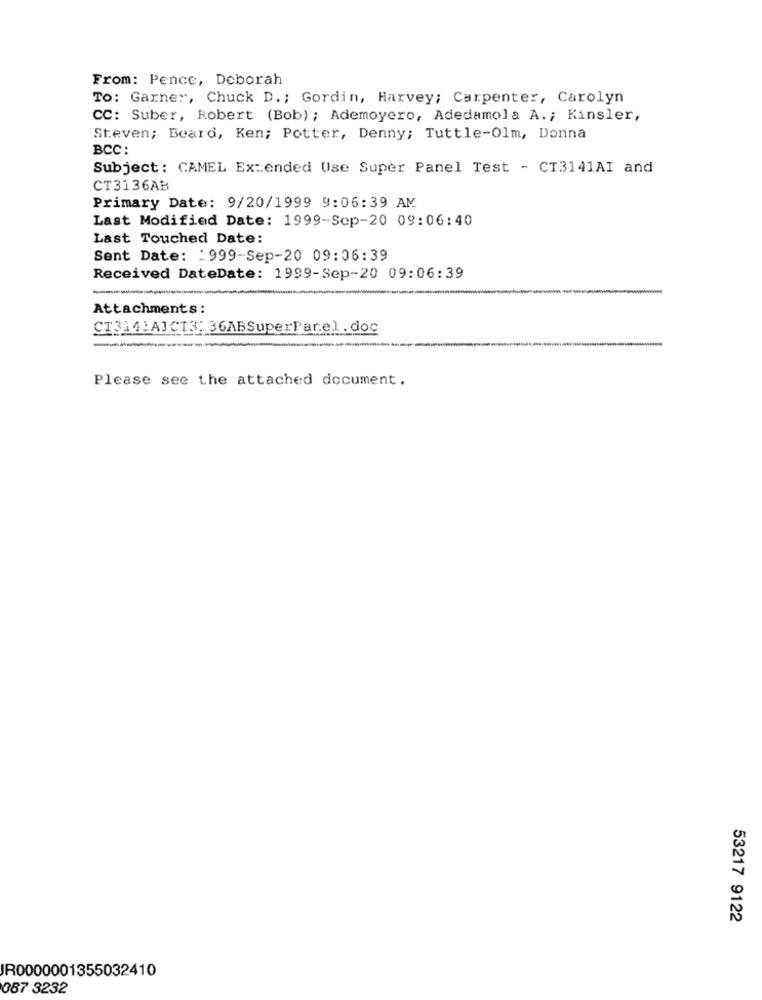
From: Pence, Deborah
To: Garner, Chuck D .; Gordin, Harvey; Carpenter, Carolyn
CC: Suber, Robert (Bob); Ademoyero, Adedamola A .; Kinsler,
Steven; Beard, Ken; Potter, Denny; Tuttle-Olm, Donna
BCC:
Subject: CAMEL Extended Use Super Panel Test - CT3141AI and
CT3136AB
Primary Date: 9/20/1999 9:06:39 AM
Last Modified Date: 1999-Sep-20 09:06:40
Last Touched Date:
Sent Date: : 999-Sep-20 09:06:39
Received DateDate: 1999-Sep-20 09:06:39
--
--
Attachments:
CT314:AJC13: 36ABSuperParel. doc
Please see the attached document.
53217 9122
IR0000001355032410
087 3232